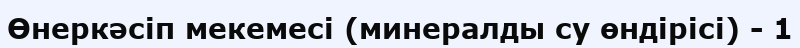
Өнеркәсіп мекемесі (минералды су өндірісі) - 1